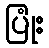
ပြုံး